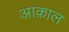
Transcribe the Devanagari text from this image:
आक़ाल